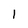
Character: l